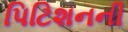
પિટિશનની